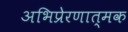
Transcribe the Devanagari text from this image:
अभिप्रेरणात्मक